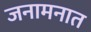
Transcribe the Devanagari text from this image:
जनामनात